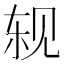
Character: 𬢈